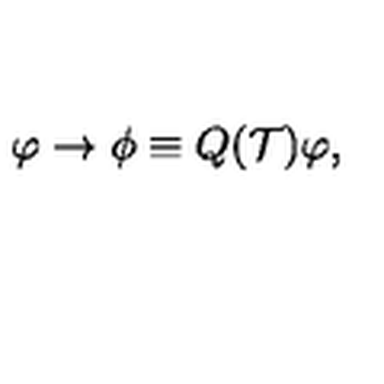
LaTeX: \varphi \to \phi \equiv Q ( { \cal T } ) \varphi ,